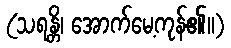
(သရန္တိ၊ အောက်မေ့ကုန်၏။)